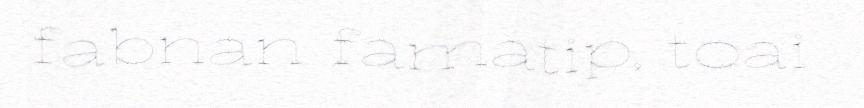
fabnan famatip, toai